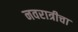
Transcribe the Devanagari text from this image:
नवरात्रीचा